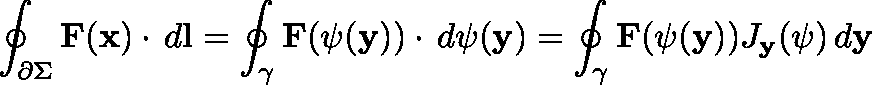
\oint _ { \partial \Sigma } { \mathbf { F } ( \mathbf { x } ) \cdot \, d \mathbf { l } } = \oint _ { \gamma } { \mathbf { F } ( \mathbf { \psi } ( \mathbf { y } ) ) \cdot \, d \mathbf { \psi } ( \mathbf { y } ) } = \oint _ { \gamma } { \mathbf { F } ( \mathbf { \psi } ( \mathbf { y } ) ) J _ { \mathbf { y } } ( \mathbf { \psi } ) \, d \mathbf { y } }